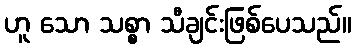
ဟူ သော သစ္စာ သီချင်းဖြစ်ပေသည်။